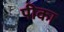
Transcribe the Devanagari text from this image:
पीका